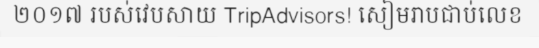
២០១៧ របស់វេបសាយ TripAdvisors! សៀមរាបជាប់លេខ